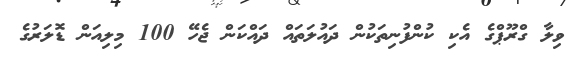
ވިލާ ގްރޫޕްގެ އެކި ކުންފުނިތަކުން ދައުލަތައް ދައްކަން ޖެހޭ 100 މިލިއަން ޑޮލަރުގެ